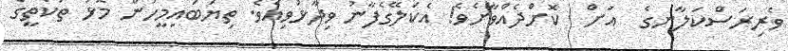
ވެރިރަސްކަލާނގެ  އަށް  ކޮށްދެއްވާށެވެ! އެކަލޭގެފާނު ވިދާޅުވިއެވެ. ތިޔަބައިމީހުން މޮޅު ތަކެތީގެ